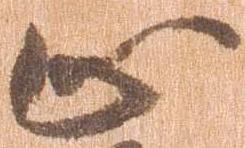
止